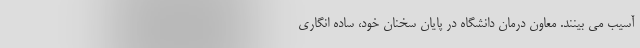
آسیب می بینند. معاون درمان دانشگاه در پایان سخنان خود، ساده انگاری